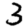
Digit: 3